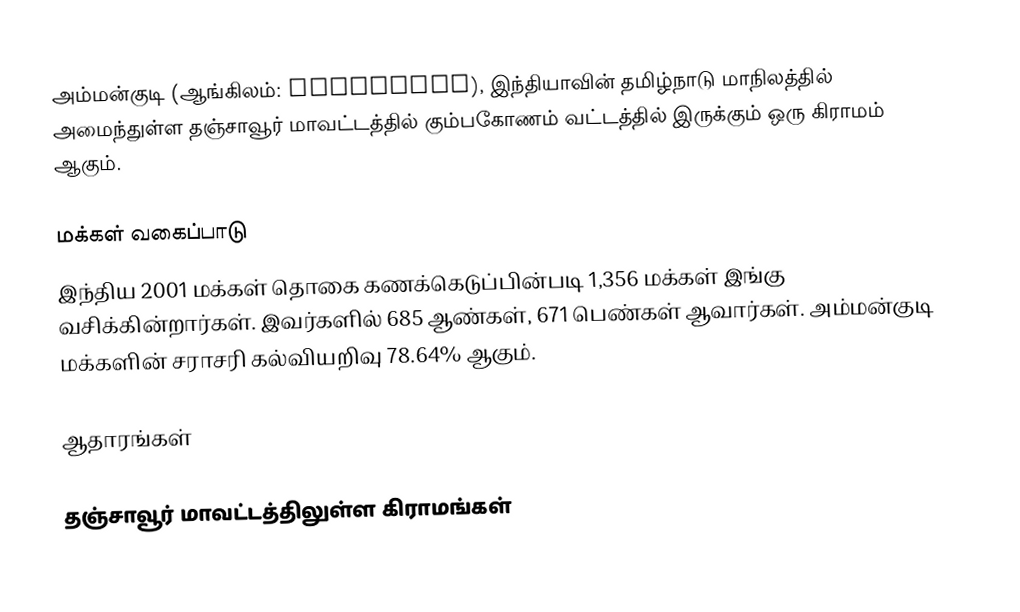
அம்மன்குடி  (ஆங்கிலம்: Ammangudi), இந்தியாவின் தமிழ்நாடு மாநிலத்தில் அமைந்துள்ள தஞ்சாவூர் மாவட்டத்தில்   கும்பகோணம் வட்டத்தில் இருக்கும்  ஒரு கிராமம் ஆகும்.

மக்கள் வகைப்பாடு
இந்திய 2001 மக்கள் தொகை கணக்கெடுப்பின்படி 1,356 மக்கள் இங்கு வசிக்கின்றார்கள்.  இவர்களில் 685 ஆண்கள், 671 பெண்கள் ஆவார்கள். அம்மன்குடி   மக்களின் சராசரி கல்வியறிவு 78.64% ஆகும்.

ஆதாரங்கள்

தஞ்சாவூர் மாவட்டத்திலுள்ள கிராமங்கள்